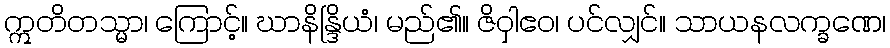
ဣတိတသ္မာ၊ ကြောင့်။ ဃာနိန္ဒြိယံ၊ မည်၏။ ဇိဝှါဧဝ၊ ပင်လျှင်။ သာယနလက္ခဏေ၊